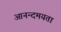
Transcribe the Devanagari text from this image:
आनन्दमयता